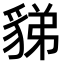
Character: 𧳋